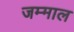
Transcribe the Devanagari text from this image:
जम्माल